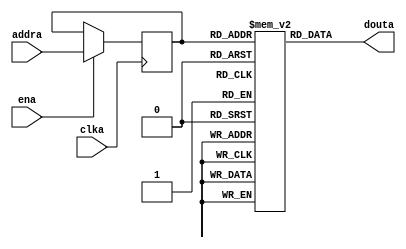
module sram_rom
#(
	parameter WIDTH = 32,
	parameter DEPTH = 1024
)
(
	input 											clka,
	input 											ena,
	input  [$clog2(DEPTH)-1:0] 	addra,
	output [WIDTH-1:0]          douta
);

	reg [WIDTH-1:0] rom [DEPTH];
	reg [$clog2(DEPTH)-1:0] addr_r;

	// Port A
	always @(posedge clka) begin
		if(ena) begin
			addr_r <= addra;
		end
	end

	assign douta = rom[addr_r];

endmodule